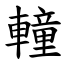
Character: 䡴